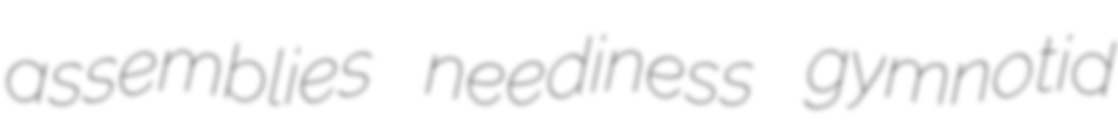
assemblies neediness gymnotid